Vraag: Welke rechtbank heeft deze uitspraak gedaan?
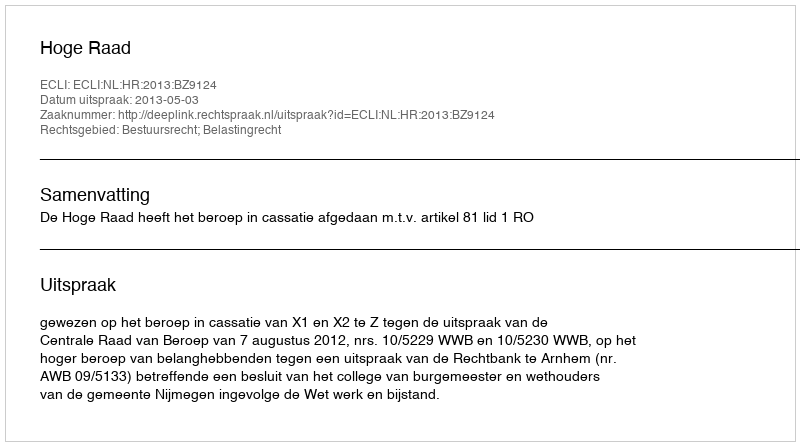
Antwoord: Hoge Raad